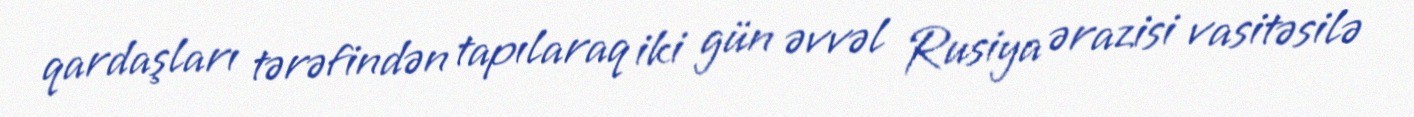
qardaşları tərəfindən tapılaraq iki gün əvvəl Rusiya ərazisi vasitəsilə